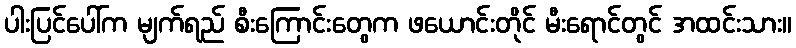
ပါးပြင်ပေါ်က မျက်ရည် စီးကြောင်းတွေက ဖယောင်းတိုင် မီးရောင်တွင် အထင်းသား။